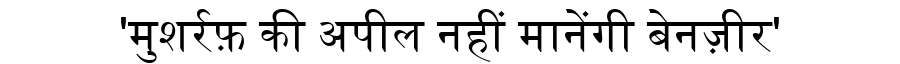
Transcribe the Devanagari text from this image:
'मुशर्रफ़ की अपील नहीं मानेंगी बेनज़ीर'